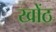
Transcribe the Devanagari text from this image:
खोंठ